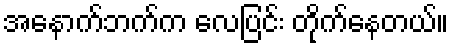
အနောက်ဘက်က လေပြင်း တိုက်နေတယ်။